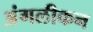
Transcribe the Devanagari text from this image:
अंगलीकन